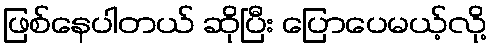
ဖြစ်နေပါတယ် ဆိုပြီး ပြောပေမယ့်လို့